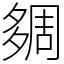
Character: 㚋